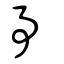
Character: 事